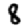
Digit: 8